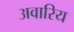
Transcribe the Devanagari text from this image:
अवारिय